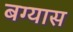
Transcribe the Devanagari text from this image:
बग्यास